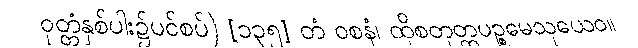
ဝုတ္တံနှစ်ပါး၌ပင်စပ်) [၁၃၅] တံ ဝစနံ၊ ထိုစတုတ္ထပဉ္စမေသုယေဝ။